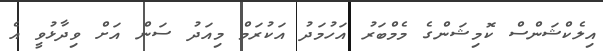
އިލެކްޝަންސް ކޮމިޝަންގެ މެމްބަރު އަހުމަދު އަކުރަމް މިއަދު ސަން އަށް ވިދާޅުވީ އެ